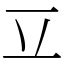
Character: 𰀆